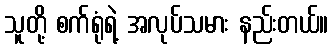
သူတို့ စက်ရုံရဲ့ အလုပ်သမား နည်းတယ်။